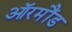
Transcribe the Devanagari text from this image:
ऑरमौंड